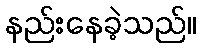
နည်းနေခဲ့သည်။